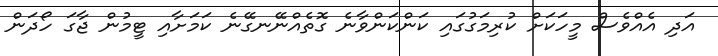
އަދި އެއްވެސް މީހަކަށް ކުރިމަގުގައި ކަންކަންވާނެ ގޮތެއްނޭނގޭނެ ކަމަށާއި ޓީމުން ޖާގަ ހޯދަން